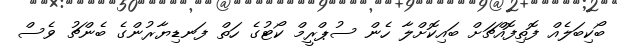
ބޯކިބަލެއް ފޮތިފޮއްޗަށް ބައިކޮށްލާ ހެން ސުޕްރީމް ކޯޓުގެ ހަތް ފަނޑިޔާރުންގެ ބެންޗު ވެސް